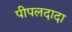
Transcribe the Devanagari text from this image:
पीपलदादा